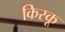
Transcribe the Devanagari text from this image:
किस्‍कू